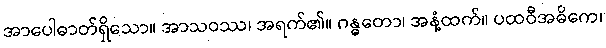
အာပေါဓာတ်ရှိသော။ အာသဝဿ၊ အရက်၏။ ဂန္ဓတော၊ အနံ့ထက်။ ပထဝီအဓိကေ၊